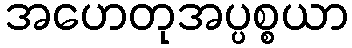
အဟေတုအပ္ပစ္စယာ